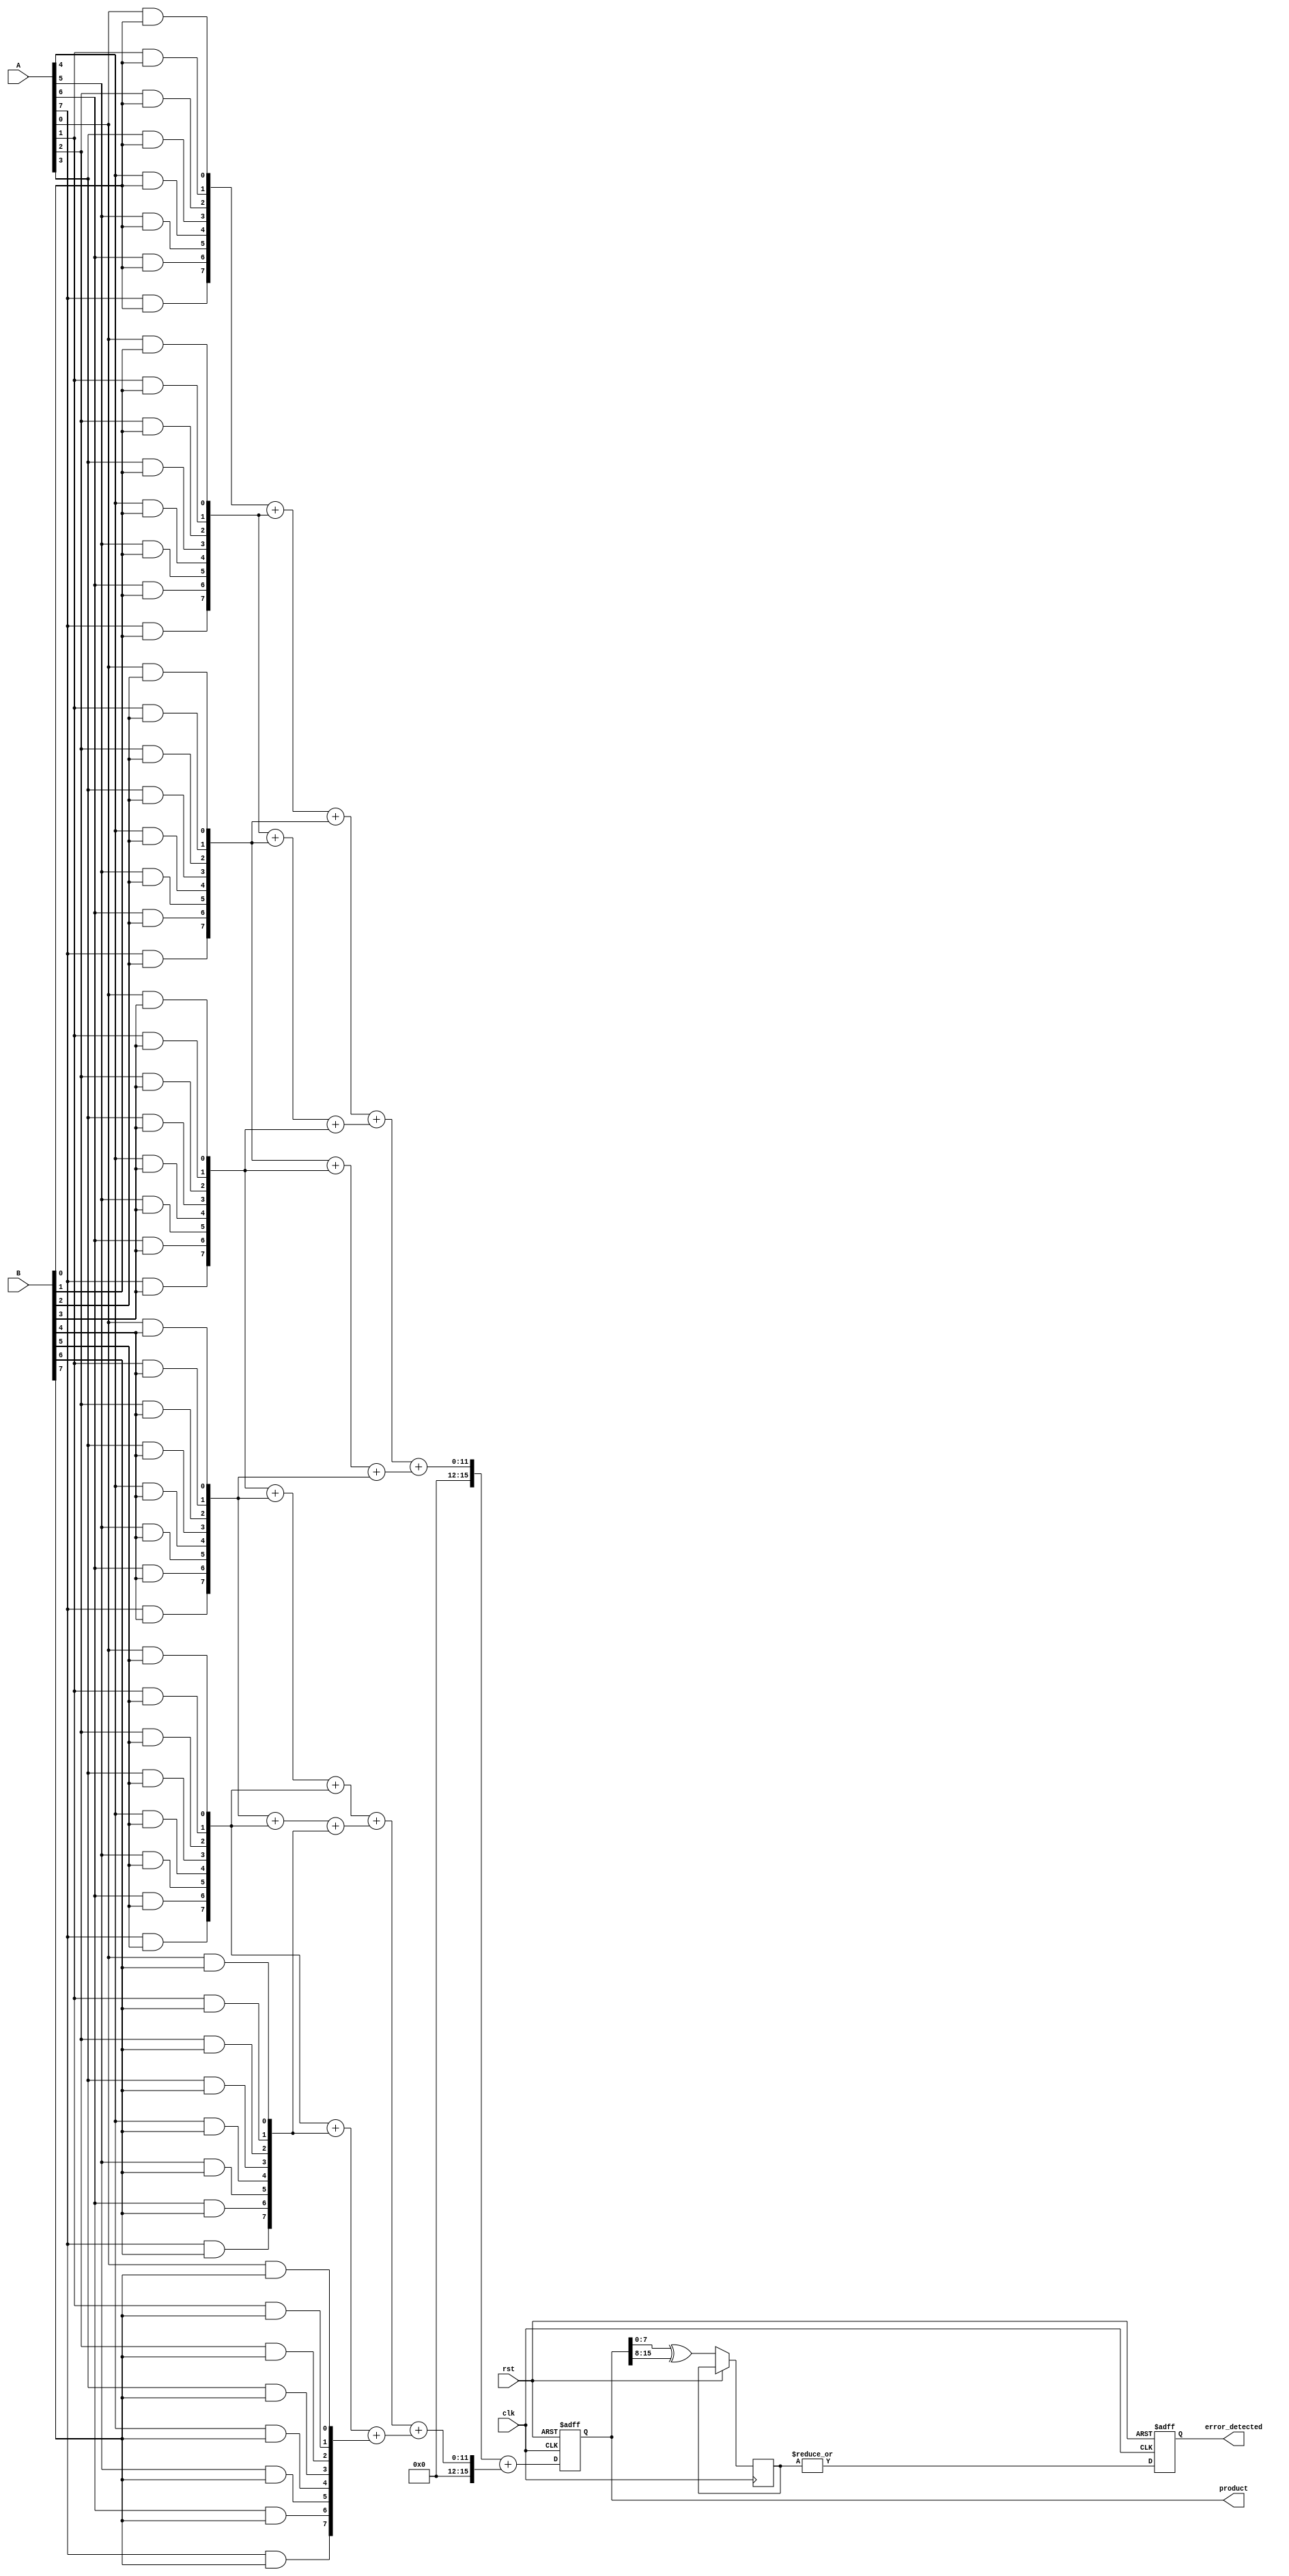
module Fault_Tolerant_Wallace_Tree_Multiplier #(parameter N = 8)(
    input  [N-1:0] A, // Multiplicand
    input  [N-1:0] B, // Multiplier
    input  clk,      // Clock signal
    input  rst,      // Reset signal
    output reg [2*N-1:0] product, // Product output
    output reg error_detected // Error detection signal
);

    reg [N-1:0] partial_products [0:N-1]; // Store partial products
    wire [2*N-1:0] sum_layer1 [0:N-1]; // Intermediate sums
    wire [2*N-1:0] sum_layer2 [0:N-1]; // Another layer of sums
    reg [N-1:0] parity_bits; // Parity bits for error detection

    // Generate partial products with redundancy
    genvar i, j;
    generate
        for (i = 0; i < N; i = i + 1) begin : PARTIAL_PRODUCT_GEN
            for (j = 0; j < N; j = j + 1) begin
                assign partial_products[i][j] = A[j] & B[i]; // AND for partial products
            end
        end
    endgenerate

    // Layer 1: Wallace Tree Reduction
    genvar k;
    generate
        for (k = 0; k < N; k = k + 1) begin : WALLACE_LAYER1
            assign sum_layer1[k] = partial_products[k] + partial_products[k + 1] + partial_products[k + 2]; // Sum in groups of three
        end
    endgenerate

    // Layer 2: Further Reduction
    generate
        for (k = 0; k < N/3; k = k + 1) begin : WALLACE_LAYER2
            assign sum_layer2[k] = sum_layer1[3*k] + sum_layer1[3*k + 1] + sum_layer1[3*k + 2];
        end
    endgenerate

    // Final Sum
    always @(posedge clk or posedge rst) begin
        if (rst) begin
            product <= 0;
            error_detected <= 0;
        end else begin
            product <= sum_layer2[0] + sum_layer2[1]; // Final addition

            // Parity bit generation for error detection
            parity_bits <= product[N-1:0] ^ product[2*N-1:N]; // Simple parity check

            // Error detection logic
            error_detected <= |parity_bits; // Detect any error if parity is non-zero
        end
    end
endmodule